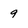
Character: 9